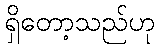
ရှိတော့သည်ဟု